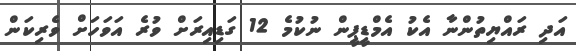
އަދި ރައްޔިތުންނާ އެކު އެމްޑީޕީން ނުކުމެ 12 ގަޑިއިރަށް ވުރެ އަވަހަށް ވެރިކަން